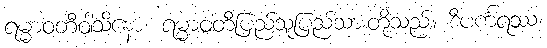
ရမ္မာဝတီဝါသိနော၊ ရမ္မာဝတီပြည်သူပြည်သားတို့သည်။ ဒီပင်္ကရဿ၊